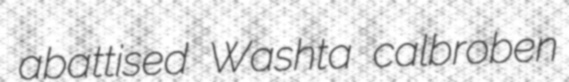
abattised Washta calbroben